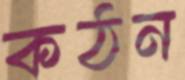
কঠন